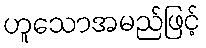
ဟူသောအမည်ဖြင့်